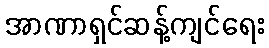
အာဏာရှင်ဆန့်ကျင်ရေး